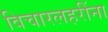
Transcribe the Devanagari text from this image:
विचारलहरींना